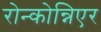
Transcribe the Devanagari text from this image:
रोन्कोन्निएर